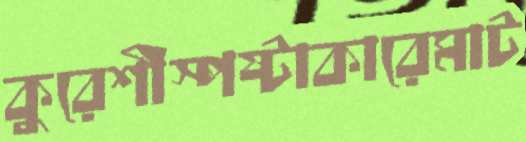
কুরেশীস্পষ্টাকারেমাট